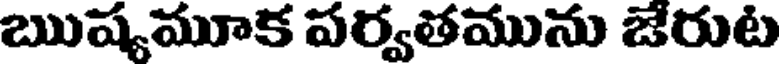
ఋష్యమూక పర్వతమును జేరుట